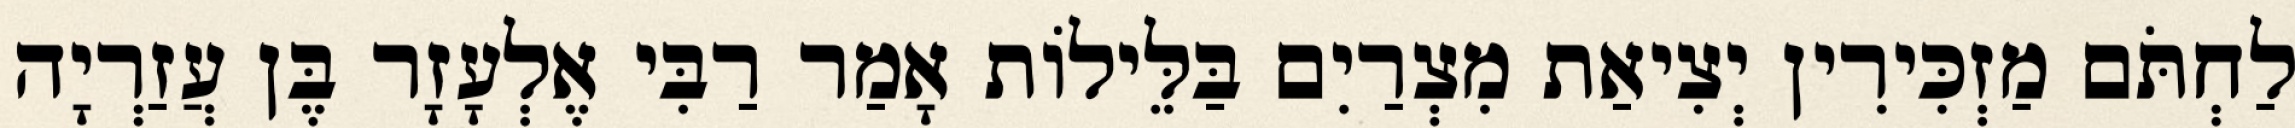
לַחְתֹּם מַזְכִּירִין יְצִיאַת מִצְרַיִם בַּלֵּילוֹת אָמַר רַבִּי אֶלְעָזָר בֶּן עֲזַרְיָה